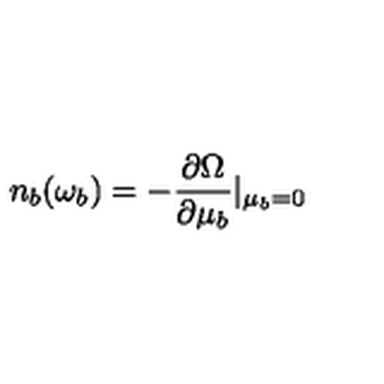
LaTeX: n _ { b } ( \omega _ { b } ) = - \frac { \partial \Omega } { \partial \mu _ { b } } | _ { \mu _ { b } = 0 }